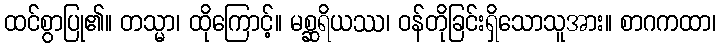
ထင်စွာပြု၏။ တသ္မာ၊ ထိုကြောင့်။ မစ္ဆရိယဿ၊ ဝန်တိုခြင်းရှိသောသူအား။ စာဂကထာ၊